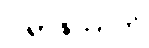
ပါရာဇိကာတိ